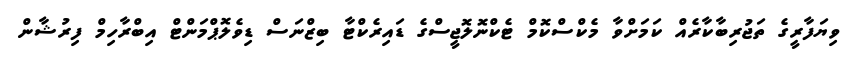
ވިޔަފާރީގެ ތަޖުރިބާކާރެއް ކަމަށްވާ މެކްސްކޮމް ޓެކްނޮލޮޖީސްގެ ޑައިރެކްޓާ ބިޒްނަސް ޑިވެލޮޕްމަންޓް އިބްރާހިމް ފިރުޝާން